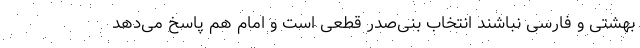
بهشتی و فارسی نباشند انتخاب بنی‌صدر قطعی است و امام هم پاسخ می‌دهد